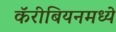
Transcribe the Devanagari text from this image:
कॅरीबियनमध्ये